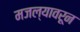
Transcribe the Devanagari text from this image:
मजल्यावरून